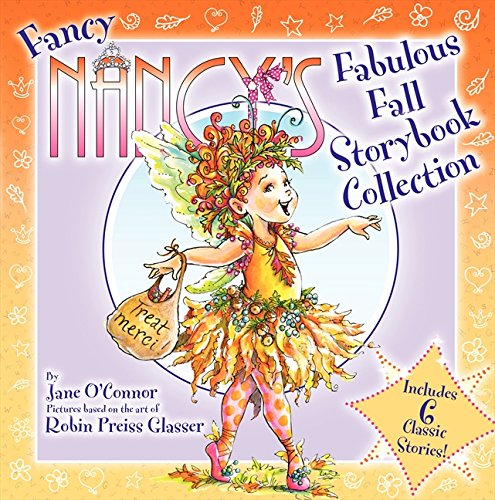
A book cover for Fancy Nancy's Fabulous Fall Storybook Collection; Jane O'Connor; Children's Books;